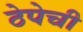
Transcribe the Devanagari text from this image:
ठेपेची